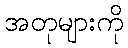
အတုများကို